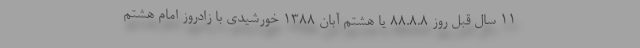
11 سال قبل روز 88.8.8 یا هشتم آبان 1388 خورشیدی با زادروز امام هشتم